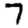
Digit: 7